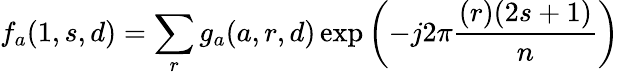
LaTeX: f_{a}(1,s,d)=\sum_{r}g_{a}(a,r,d)\exp\left(-j2\pi{\frac{(r)(2s+1)}{n}}\right)